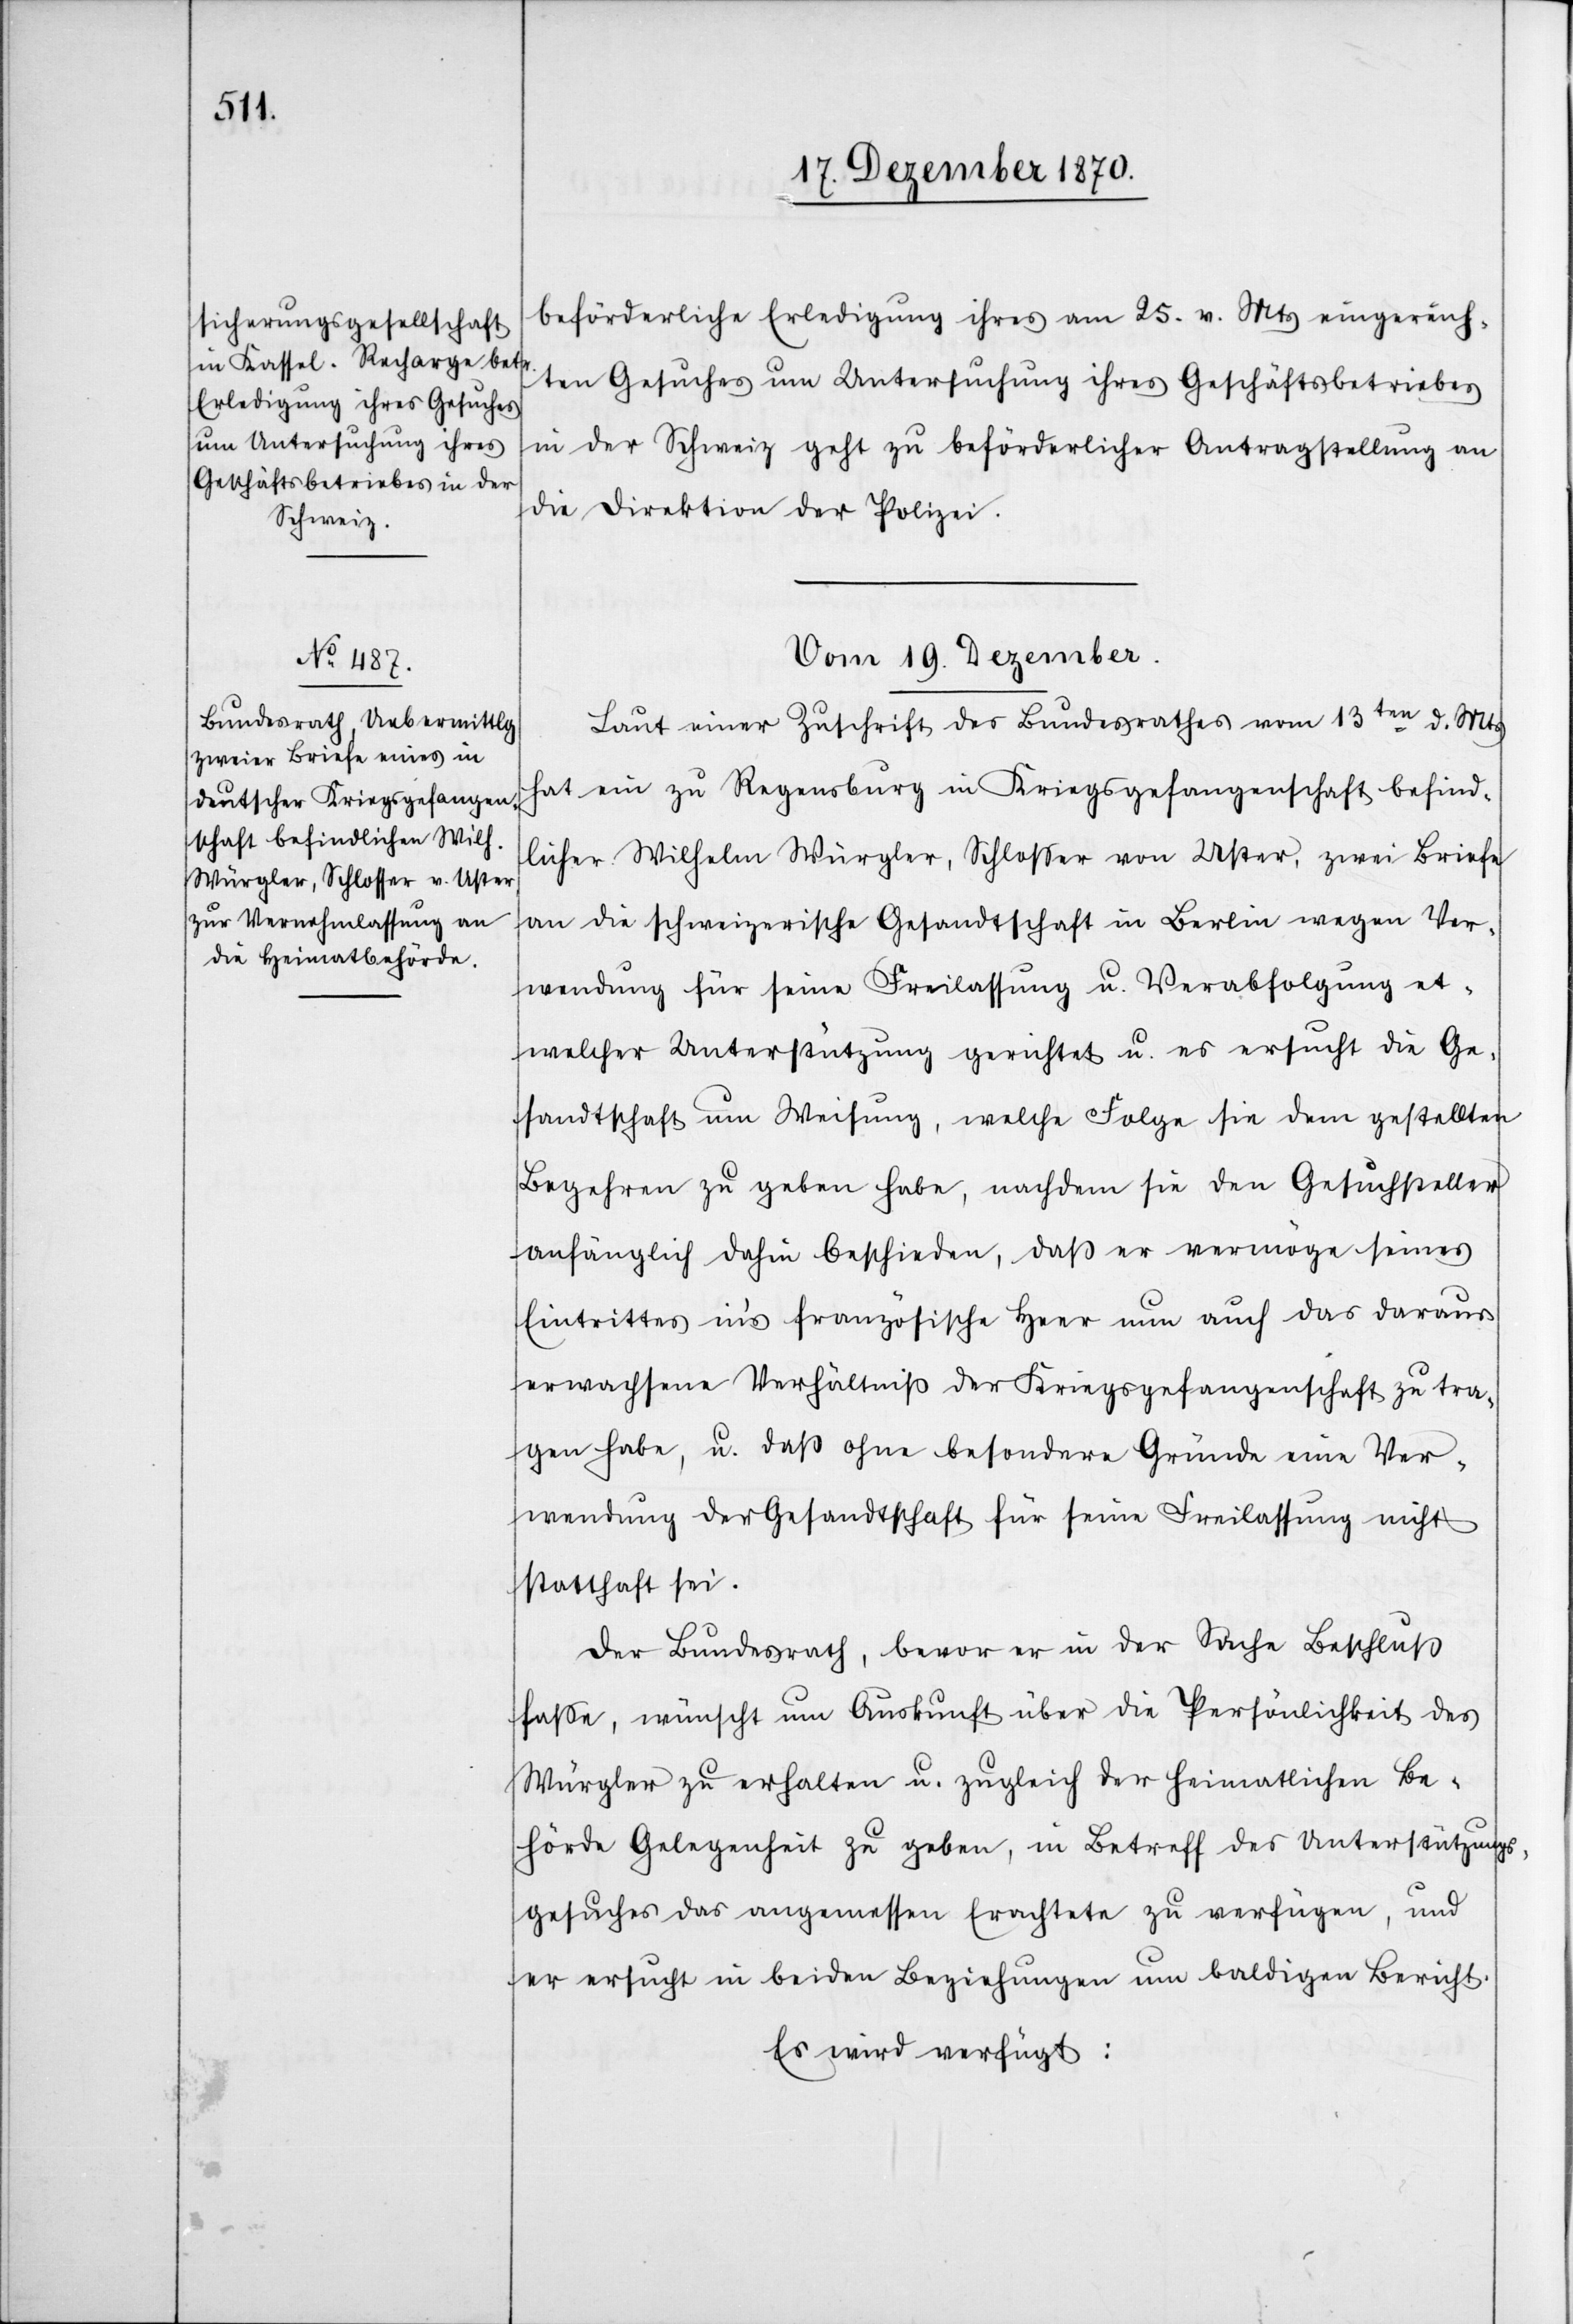
beförderliche Erledigung ihres am 25. v. Mts eingereich¬
ten Gesuches um Untersuchung ihres Geschäftsbetriebes
in der Schweiz geht zu beförderlicher Antragstellung an
die Direktion der Polizei.
Vom 19. Dezember.
Laut einer Zuschrift des Bundesrathes vom 13ten d. Mts
hat ein zu Regensburg in Kriegsgefangenschaft befind¬
licher Wilhelm Würgler, Schlosser von Uster, zwei Briefe
an die schweizerische Gesandtschaft in Berlin wegen Ver¬
wendung für seine Freilassung u. Verabfolgung et¬
welcher Unterstützung gerichtet u. es ersucht die Ge¬
sandtschaft um Weisung, welche Folge sie dem gestellten
Begehren zu geben habe, nachdem sie den Gesuchsteller
anfänglich dahin beschieden, daß er vermöge seines
Eintrittes in’s französische Heer nun auch das daraus
erwachsene Verhältniß der Kriegsgefangenschaft zu tra¬
gen habe, u. daß ohne besondere Gründe eine Ver¬
wendung der Gesandtschaft für seine Freilassung nicht
statthaft sei.
Der Bundesrath, bevor er in der Sache Beschlus
fasse, wünscht um Auskunft über die Persönlichkeit des
Würgler zu erhalten u. zugleich der heimatlichen Be¬
hörde Gelegenheit zu geben, in Betreff des Unterstützungs¬
gesuches das angemessen Erachtete zu verfügen, und
er ersucht in beiden Beziehungen um baldigen Bericht.
Es wird verfügt: